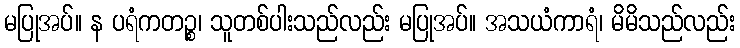
မပြုအပ်။ န ပရံကတဉ္စ၊ သူတစ်ပါးသည်လည်း မပြုအပ်။ အသယံကာရံ၊ မိမိသည်လည်း